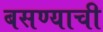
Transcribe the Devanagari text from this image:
बसण्‍याची